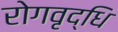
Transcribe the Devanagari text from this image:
रोगवृद्धि